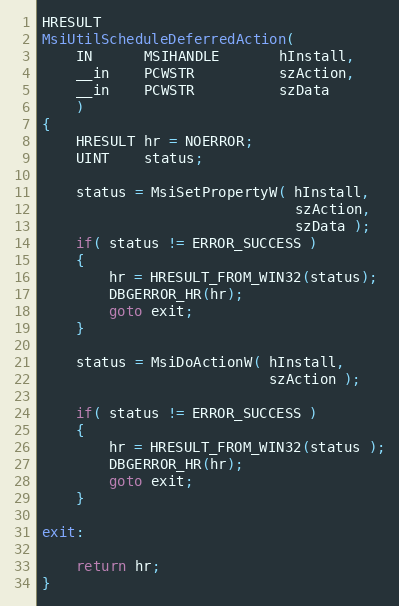
Language: C++
HRESULT
MsiUtilScheduleDeferredAction(
    IN      MSIHANDLE       hInstall,
    __in    PCWSTR          szAction,
    __in    PCWSTR          szData
    )
{
    HRESULT hr = NOERROR;
    UINT    status;

    status = MsiSetPropertyW( hInstall,
                              szAction,
                              szData );
    if( status != ERROR_SUCCESS )
    {
        hr = HRESULT_FROM_WIN32(status);
        DBGERROR_HR(hr);
        goto exit;
    }

    status = MsiDoActionW( hInstall,
                           szAction );

    if( status != ERROR_SUCCESS )
    {
        hr = HRESULT_FROM_WIN32(status );
        DBGERROR_HR(hr);
        goto exit;
    }

exit:

    return hr;
}